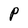
Character: P